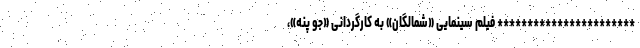
*********************** فیلم سینمایی «شمالگان» به کارگردانی «جو پنه»،